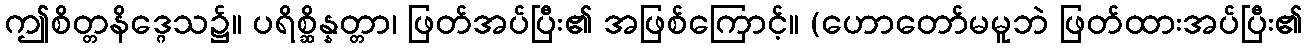
ဤစိတ္တနိဒ္ဂေသ၌။ ပရိစ္ဆိန္နတ္တာ၊ ဖြတ်အပ်ပြီး၏ အဖြစ်ကြောင့်။ (ဟောတော်မမူဘဲ ဖြတ်ထားအပ်ပြီး၏